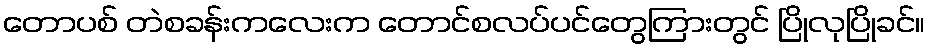
တောပစ် တဲစခန်းကလေးက တောင်စလပ်ပင်တွေကြားတွင် ပြိုလုပြိုခင်။